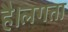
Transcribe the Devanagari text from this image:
है।लगता